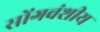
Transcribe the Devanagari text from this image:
सोंगवंशीय